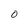
Character: O